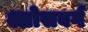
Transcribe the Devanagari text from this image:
श्लोसबर्ग